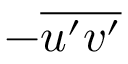
- \overline { { u ^ { \prime } v ^ { \prime } } }